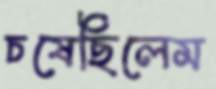
চষেছিলেম